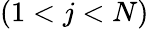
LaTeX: (1<j<N)